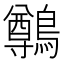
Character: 鷷